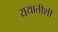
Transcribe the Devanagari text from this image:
ययातीशी